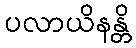
ပလာယိနန္တိ